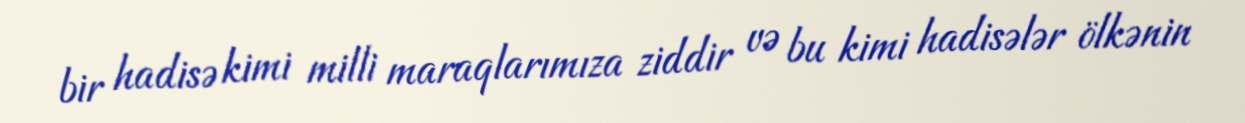
bir hadisə kimi milli maraqlarımıza ziddir və bu kimi hadisələr ölkənin